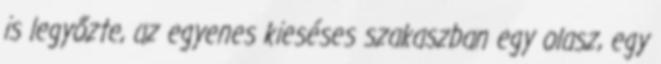
is legyőzte, az egyenes kieséses szakaszban egy olasz, egy